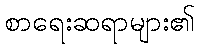
စာရေးဆရာများ၏